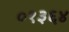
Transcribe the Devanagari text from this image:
०१३६४